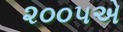
૨૦૦૫એ